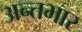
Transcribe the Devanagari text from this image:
अन्तभार